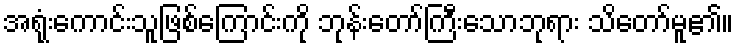
အရုံးကောင်းသူဖြစ်ကြောင်းကို ဘုန်းတော်ကြီးသောဘုရား သိတော်မူ၏။